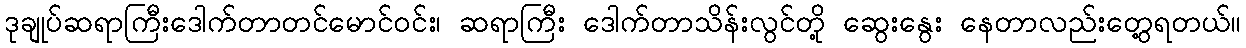
ဒုချုပ်ဆရာကြီးဒေါက်တာတင်မောင်ဝင်း၊ ဆရာကြီး ဒေါက်တာသိန်းလွင်တို့ ဆွေးနွေး နေတာလည်းတွေ့ရတယ်။